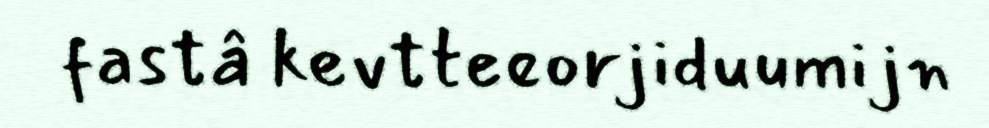
fastâ kevtteeorjiduumijn